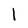
Character: l